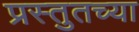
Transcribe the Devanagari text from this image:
प्रस्तुतच्या